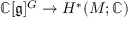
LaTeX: \mathbb { C } [ { \mathfrak { g } } ] ^ { G } \rightarrow H ^ { * } ( M ; \mathbb { C } )